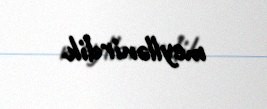
meyllənirdik.